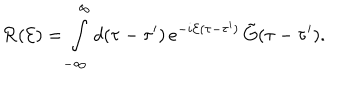
{ \cal R } ( { \cal E } ) = \int _ { - \infty } ^ { \infty } d ( \tau - \tau ^ { \prime } ) \, e ^ { - i { \cal E } ( \tau - \tau ^ { \prime } ) } \, { \tilde { G } } ( \tau - \tau ^ { \prime } ) .